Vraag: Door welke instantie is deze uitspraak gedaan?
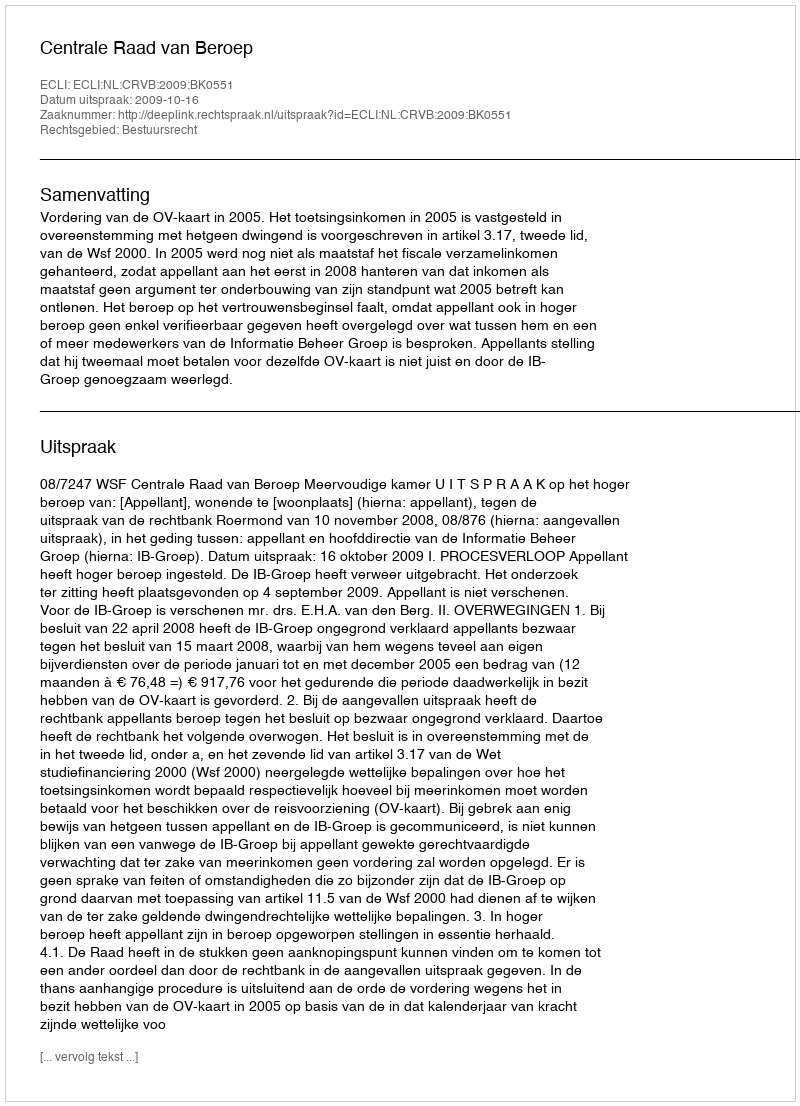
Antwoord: Centrale Raad van Beroep